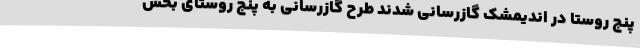
پنج روستا در اندیمشک گازرسانی شدند طرح گازرسانی به پنج روستای بخش